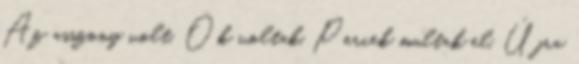
Az asszony volt. Ők voltak. Percek multak el. Újra